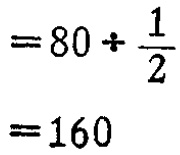
\[
\begin{align*}
&=80\div\frac{1}{2}\\
&=160
\end{align*}
\]